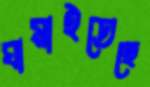
ঘামাইতেছে